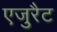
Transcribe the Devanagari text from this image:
एजुरैट